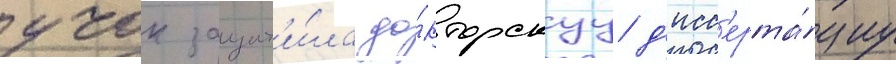
учок защит'и́ла до́кторскуу д'исс'ерта́циу